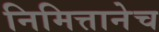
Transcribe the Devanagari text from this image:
निमित्तानेच